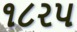
૧૮રપ